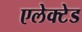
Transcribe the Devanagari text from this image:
एलेक्टेड